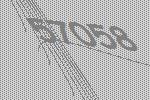
57058